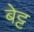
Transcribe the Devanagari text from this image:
बेट्ट